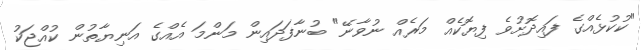
"ކުކުޅެއްގެ ފައިދޮށުވެ ފިޔޮކެއް މަރެއް ނުވާނޭ" ބުނާފަދައިން މަންމަ އެއްގެ އަނިޔާތުން ކުއްޖަކު